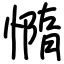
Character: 憜